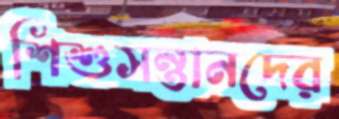
শিশুসন্তানদের